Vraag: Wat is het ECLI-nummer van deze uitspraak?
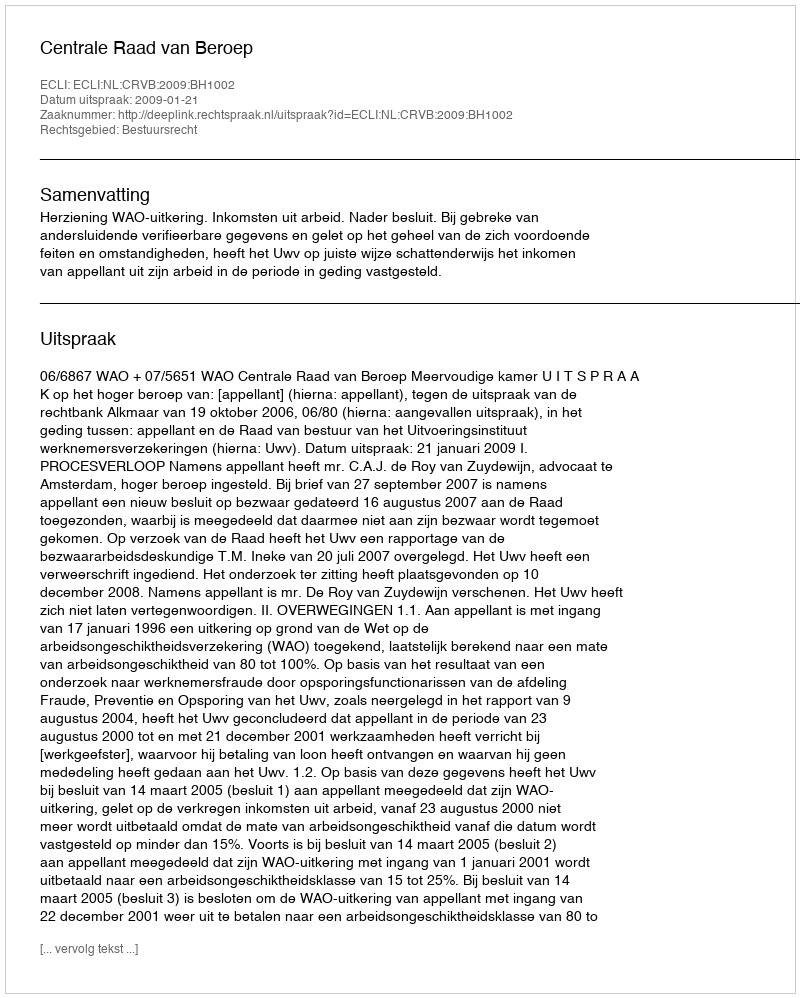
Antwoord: ECLI:NL:CRVB:2009:BH1002